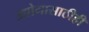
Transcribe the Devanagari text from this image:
उद्योगासाठीही